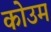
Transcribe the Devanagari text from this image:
कोउम